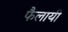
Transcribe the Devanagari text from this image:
फैलायीं